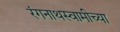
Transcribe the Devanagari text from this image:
रंगनाथस्वामीच्या